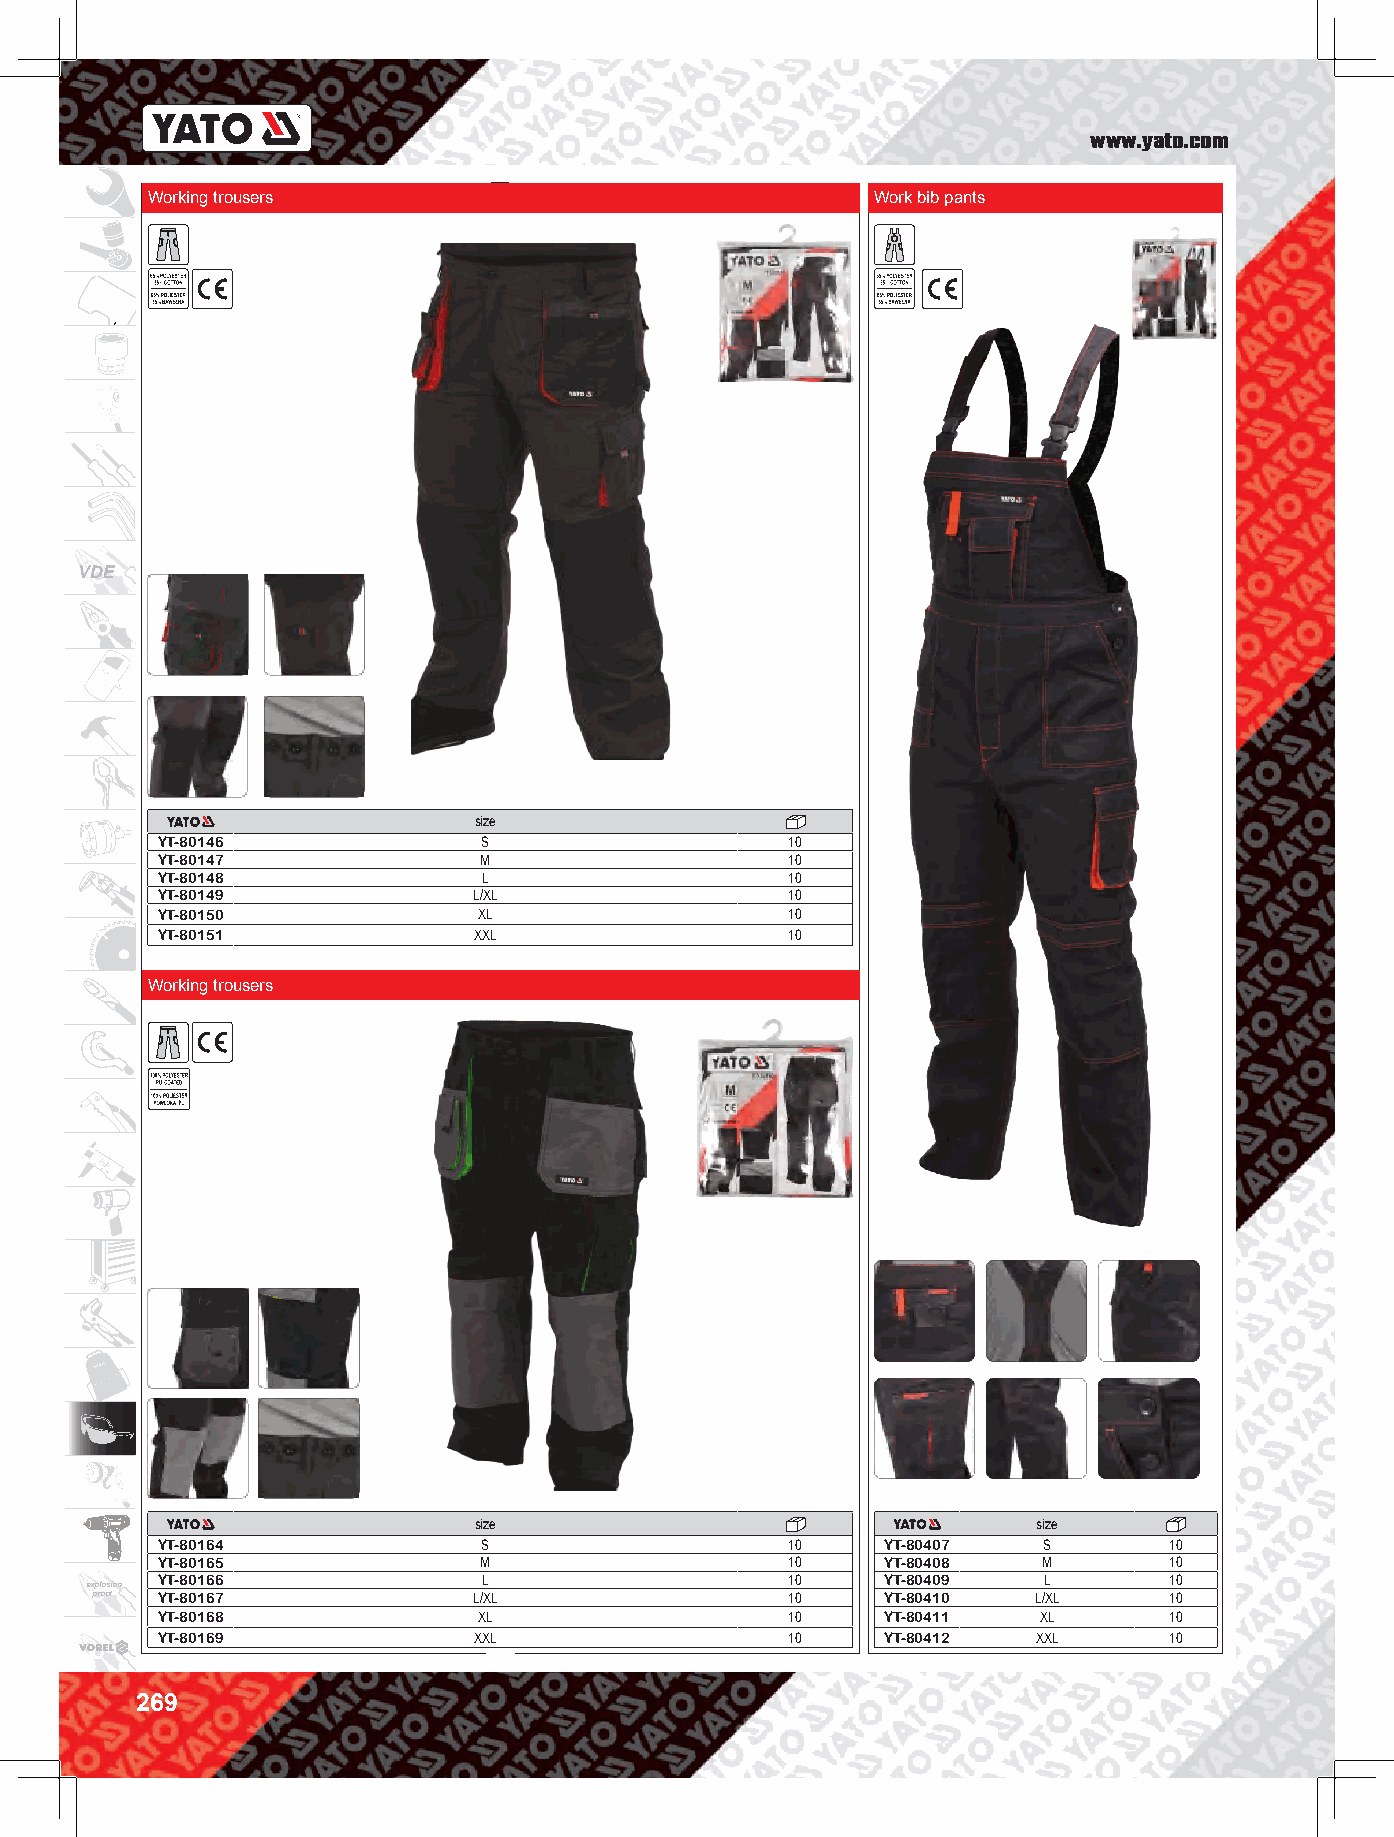
www.yato.com
 Working trousers                                Work bib pants
 VDE
 size
 YT-80146              S                   10
 YT-80147              M                   10
 YT-80148              L                   10
 YT-80149             L/XL                 10
 YT-80150              XL                  10
 YT-80151             XXL                  10
 Working trousers
 size                                  size
 YT-80164              S                   10     YT-80407  S       10
 YT-80165              M                   10     YT-80408  M       10
 YT-80166              L                   10     YT-80409  L       10
 explosion
 proof YT-80167           L/XL                 10     YT-80410  L/XL    10
 YT-80168              XL                  10     YT-80411  XL      10
 YT-80169             XXL                  10     YT-80412  XXL     10
 269